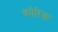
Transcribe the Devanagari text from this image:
कोरिक